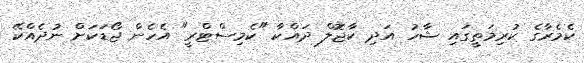
ކެމެރާގެ ކުރިމަތީގައި ޝާހު އަދި ކާޖޮލް ދައްކާ "ކެމިސްޓްރީ" އެހެން ޖޯޑަކަށް ނުދެއްކޭ